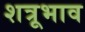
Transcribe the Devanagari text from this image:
शत्रूभाव